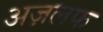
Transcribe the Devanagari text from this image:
अज़लफ